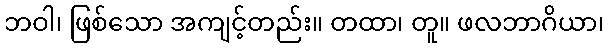
ဘဝါ၊ ဖြစ်သော အကျင့်တည်း။ တထာ၊ တူ။ ဖလဘာဂိယာ၊